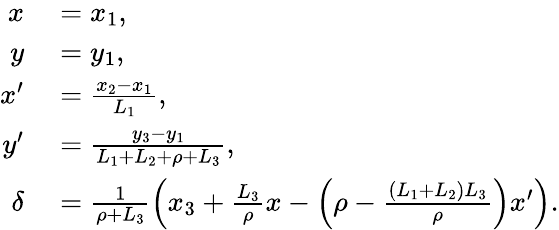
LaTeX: \begin{array}{rl}{x}&{{}=x_{1},}\\ {y}&{{}=y_{1},}\\ {x^{\prime}}&{{}=\frac{x_{2}-x_{1}}{L_{1}},}\\ {y^{\prime}}&{{}=\frac{y_{3}-y_{1}}{L_{1}+L_{2}+\rho+L_{3}},}\\ {\delta}&{{}=\frac{1}{\rho+L_{3}}\left(x_{3}+\frac{L_{3}}{\rho}x-\left({\rho-\frac{(L_{1}+L_{2})L_{3}}{\rho}}\right)x^{\prime}\right).}\end{array}